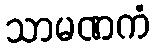
သာမဏကံ